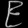
Digit: ၉